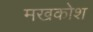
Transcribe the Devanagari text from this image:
मखकोश